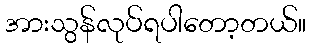
အားသွန်လုပ်ရပါတော့တယ်။